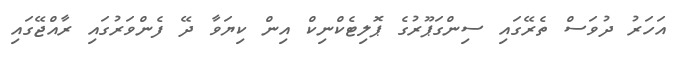
އަަހަރު ދުވަސް ތެރޭގައި ސިންގަޕޫރުގެ ޕޮލިޓެކްނިކް އިން ކިޔަވާ ދޭ ފެންވަރުގައި ރާއްޖޭގައި